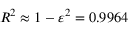
R ^ { 2 } \approx 1 - \varepsilon ^ { 2 } = 0 . 9 9 6 4